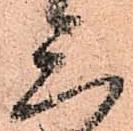
三